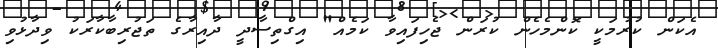
އެކަން ކުރުމަކީ ކޮންމެހެން ކުރަން ޖެހިފައިވާ ކަމެއް" އިގްތިސާދީ ދާއިރާގެ ތަޖުރިބާކާރަކު ވިދާޅުވި